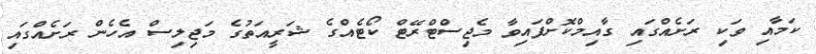
ކަމާއި ވަކި ރަށެއްގައި ގާއިމްކޮށްފައިވާ މެޖިސްޓްރޭޓް ކޯޓެއްގެ ޝަރީއަތުގެ މަޖިލިސް އެހެން ރަށެއްގައި